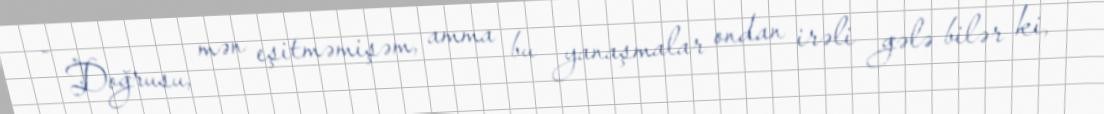
- Doğrusu, mən eşitməmişəm, amma bu yanaşmalar ondan irəli gələ bilər ki,